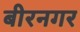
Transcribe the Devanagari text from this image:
बीरनगर